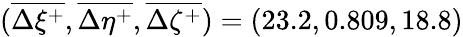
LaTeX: (\overline{{\Delta\xi^{+}}},\overline{{\Delta\eta^{+}}},\overline{{\Delta\zeta^{+}}})=(23.2,0.809,18.8)